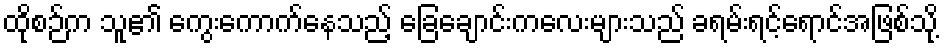
ထိုစဉ်က သူ၏ ကွေးကောက်နေသည့် ခြေချောင်းကလေးများသည် ခရမ်းရင့်ရောင်အဖြစ်သို့